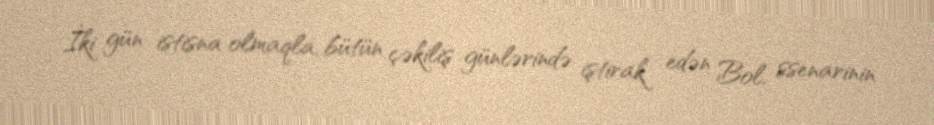
İki gün istisna olmaqla, bütün çəkiliş günlərində iştirak edən Bol, ssenarinin